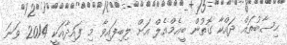
ހިސާބުތައް ދައްކާ ގޮތުން ބީއެމްއެލް އަށް ލިބިފައިވާ މި ފައިދާއަކީ 2014 ވަނަ